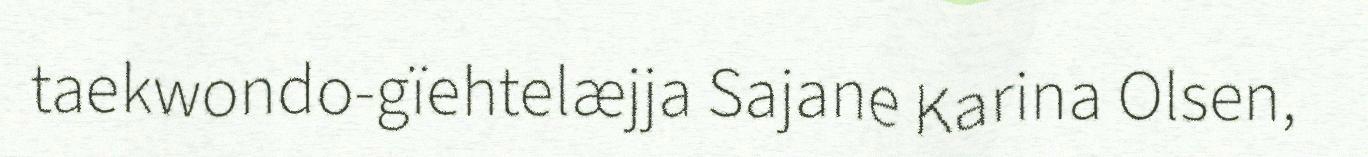
taekwondo-gïehtelæjja Sajane Karina Olsen,